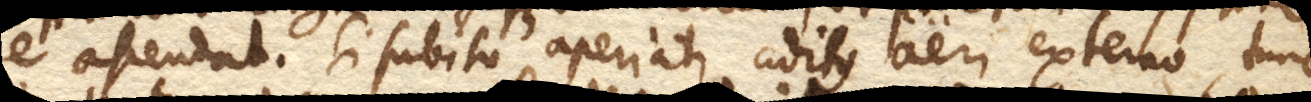
e. ascendat. Si subito aperiatur aditus aeri externo, tunc